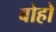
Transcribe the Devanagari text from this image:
बोहो